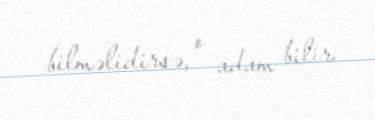
bilməlidirsə, o adam bilir.